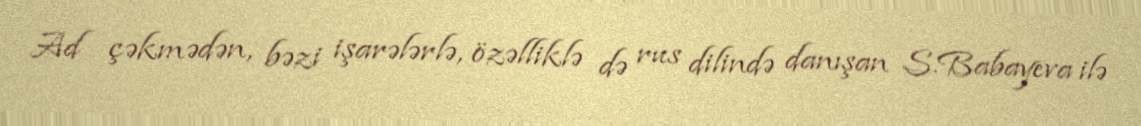
Ad çəkmədən, bəzi işarələrlə, özəlliklə də rus dilində danışan S.Babayeva ilə